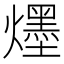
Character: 爅